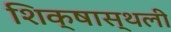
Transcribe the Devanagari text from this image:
शिक्षास्थली